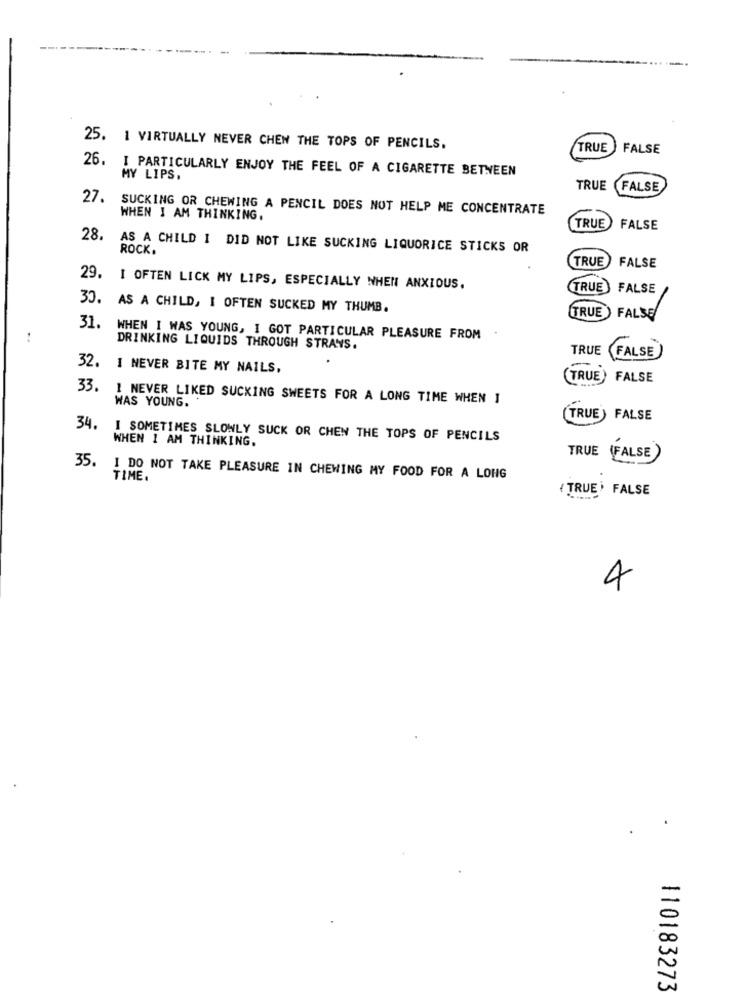
25. 1 VIRTUALLY NEVER CHEN THE TOPS OF PENCILS.
TRUE FALSE
26.
I PARTICULARLY ENJOY THE FEEL OF A CIGARETTE BETWEEN
MY LIPS.
TRUE FALSE
27. SUCKING OR CHEWING A PENCIL DOES NOT HELP ME CONCENTRATE
WHEN I AM THINKING.
TRUE
FALSE
28. AS A CHILD I DID NOT LIKE SUCKING LIQUORICE STICKS OR
ROCK.
TRUE
FALSE
29. I OFTEN LICK MY LIPS, ESPECIALLY WHEN ANXIOUS.
TRUE
FALSE
30. AS A CHILD, I OFTEN SUCKED MY THUMB.
TRUE
FALSE
31.
..
WHEN I WAS YOUNG, I GOT PARTICULAR PLEASURE FROM
DRINKING LIQUIDS THROUGH STRAYS.
TRUE
32.
(FALSE)
I NEVER BITE MY NAILS,
(TRUE) FALSE
33.
I NEVER LIKED SUCKING SWEETS FOR A LONG TIME WHEN I
WAS YOUNG.
(TRUE) FALSE
34.
I SOMETIMES SLOWLY SUCK OR CHEN THE TOPS OF PENCILS
WHEN 1 AM THINKING.
TRUE (FALSE)
35.
I DO NOT TAKE PLEASURE IN CHEWING MY FOOD FOR A LONG
TIME.
( TRUE' FALSE
4
110183273